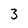
Character: 3